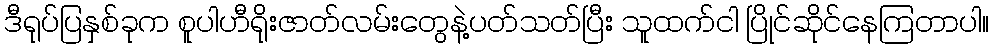
ဒီရုပ်ပြနှစ်ခုက စူပါဟီရိုးဇာတ်လမ်းတွေနဲ့ပတ်သတ်ပြီး သူထက်ငါ ပြိုင်ဆိုင်နေကြတာပါ။